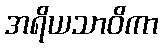
အရိယသာဝိကာ